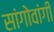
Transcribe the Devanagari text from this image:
सांगोवांगी